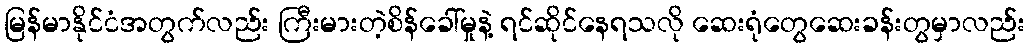
မြန်မာနိုင်ငံအတွက်လည်း ကြီးမားတဲ့စိန်ခေါ်မှုနဲ့ ရင်ဆိုင်နေရသလို ဆေးရုံတွေဆေးခန်းတွမှာလည်း